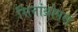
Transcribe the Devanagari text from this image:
सिनांथ्रोपस